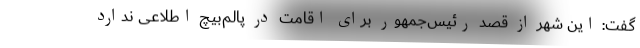
گفت: این شهر از قصد رئیس‌جمهور برای اقامت در پالم‌بیچ اطلاعی ندارد